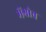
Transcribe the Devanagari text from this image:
मेंग्रोव